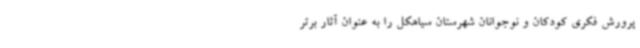
پرورش فکری کودکان و نوجوانان شهرستان سیاهکل را به عنوان آثار برتر